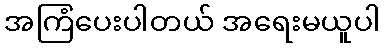
အကြံပေးပါတယ် အရေးမယူပါ